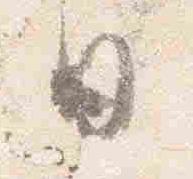
日